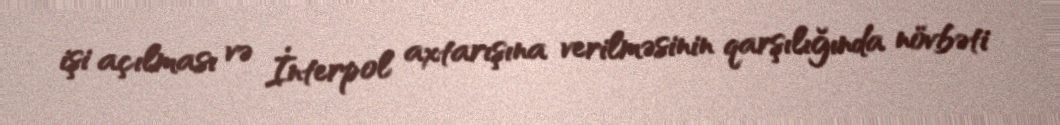
işi açılması və İnterpol axtarışına verilməsinin qarşılığında növbəti